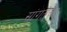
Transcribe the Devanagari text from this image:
सांगतेचा